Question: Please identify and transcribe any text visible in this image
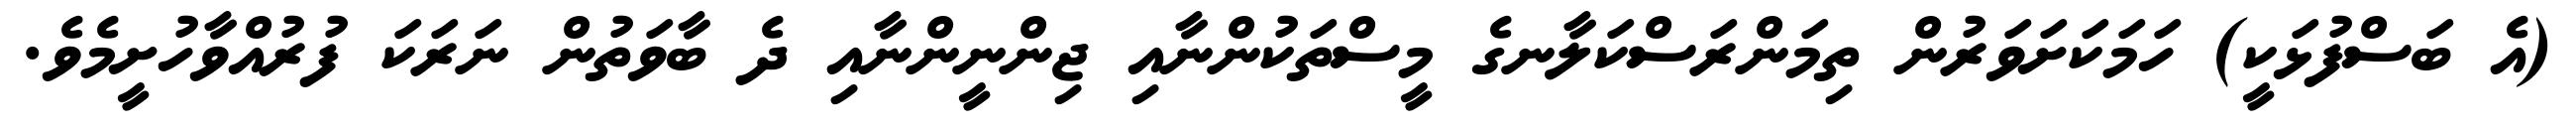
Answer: (އެ ބަސްފުޅަކީ) ހަމަކަށަވަރުން ތިމަންރަސްކަލާނގެ މީސްތަކުންނާއި ޖިންނީންނާއި ދެ ބާވަތުން ނަރަކަ ފުރުއްވާހުށީމެވެ.